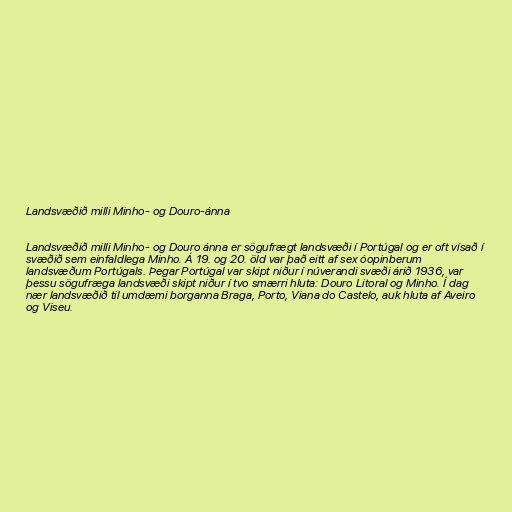
Landsvæðið milli Minho- og Douro-ánna

Landsvæðið milli Minho- og Douro ánna er sögufrægt landsvæði í Portúgal og er oft vísað í
svæðið sem einfaldlega Minho. Á 19. og 20. öld var það eitt af sex óopinberum
landsvæðum Portúgals. Þegar Portúgal var skipt niður í núverandi svæði árið 1936, var
þessu sögufræga landsvæði skipt niður í tvo smærri hluta: Douro Litoral og Minho. Í dag
nær landsvæðið til umdæmi borganna Braga, Porto, Viana do Castelo, auk hluta af Aveiro
og Viseu.